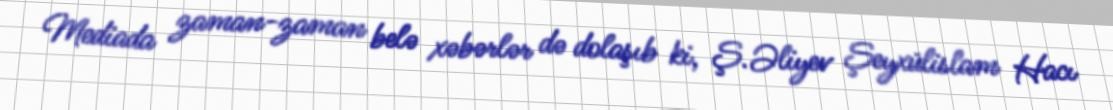
Mediada zaman-zaman belə xəbərlər də dolaşıb ki, Ş.Əliyev Şeyxülislam Hacı